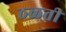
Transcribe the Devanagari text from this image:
ठळती